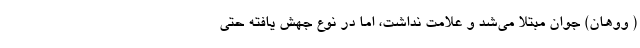
( ووهان) جوان مبتلا می‌شد و علامت نداشت، اما در نوع جهش یافته حتی